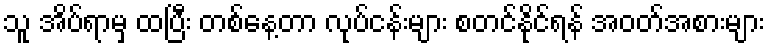
သူ အိပ်ရာမှ ထပြီး တစ်နေ့တာ လုပ်ငန်းများ စတင်နိုင်ရန် အဝတ်အစားများ